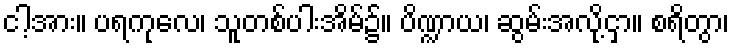
ငါ့အား။ ပရကုလေ၊ သူတစ်ပါးအိမ်၌။ ပိဏ္ဍာယ၊ ဆွမ်းအလို့ငှာ။ စရိတွာ၊